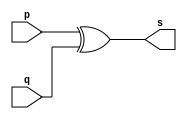
//---------------------
// Exemplo0005 - xor
// Nome: Douglas Henrique Silva Correa
//---------------------

//---------------------
//--xor gate
//---------------------
module xorgate (output [0:3] s,
					  input [0:3] p,
					  input [0:3] q);
  assign s = p ^ q;
endmodule // xor

//---------------------
//--test xorgate
//---------------------
module testxorgate;
//-------------------------dados locais
reg [0:3] a,b; // definir registrador
wire [0:3] s; // definir conexao (fio)
//-------------------------instancia
xorgate XOR1 (s, a, b);
//-------------------------preparacao
initial begin:start
	a=4'b0011; // 4 valores binarios
	b=4'b0101; // 4 valores binarios
end
//-------------------------parte principal
initial begin:main
	$display("Exemplo0005 - Douglas Henrique Silva Correa - 466503");
	$display("Test xor gate");
	$display("\n a ^ b = s\n");
	$monitor("%b ^ %b = %b", a, b, s);
#1a=0; b=0;// valores decimais
#1a=4'b0010;	b=4'b0001;// valores binarios
#1a=4'd1;    	b=3; 	  	// decimal e decimal
#1a=4'o5;		b=2;		// octal e decimal
#1a=4'hA;		b=3;		// hexadecimal e decimal
#1a=4'h9;		b=4'o3;	// hexadecimal e octal
end
endmodule // testxorgate